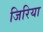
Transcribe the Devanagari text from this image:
जिरिया